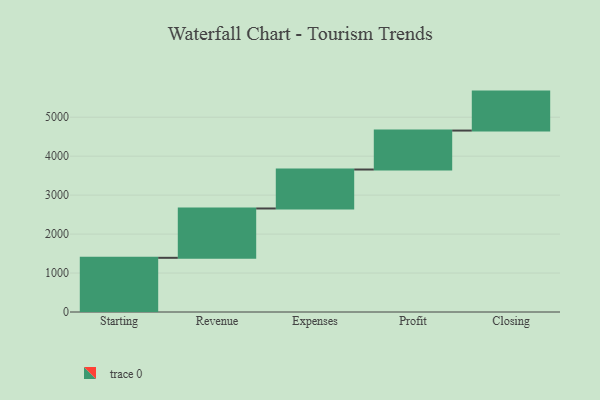
{"axis": {"x": "Step", "y": "Value"}, "legend": [""], "data": [{"x": "Starting", "y": 1391.0, "type": ""}, {"x": "Revenue", "y": 1266.0, "type": ""}, {"x": "Expenses", "y": 1000, "type": ""}, {"x": "Profit", "y": 1000, "type": ""}, {"x": "Closing", "y": 1000, "type": ""}]}